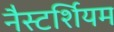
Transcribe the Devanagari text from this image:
नैस्टर्शियम